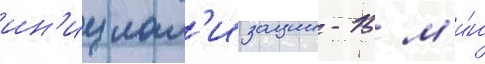
ин'ициал'изации - 15 м'и́н